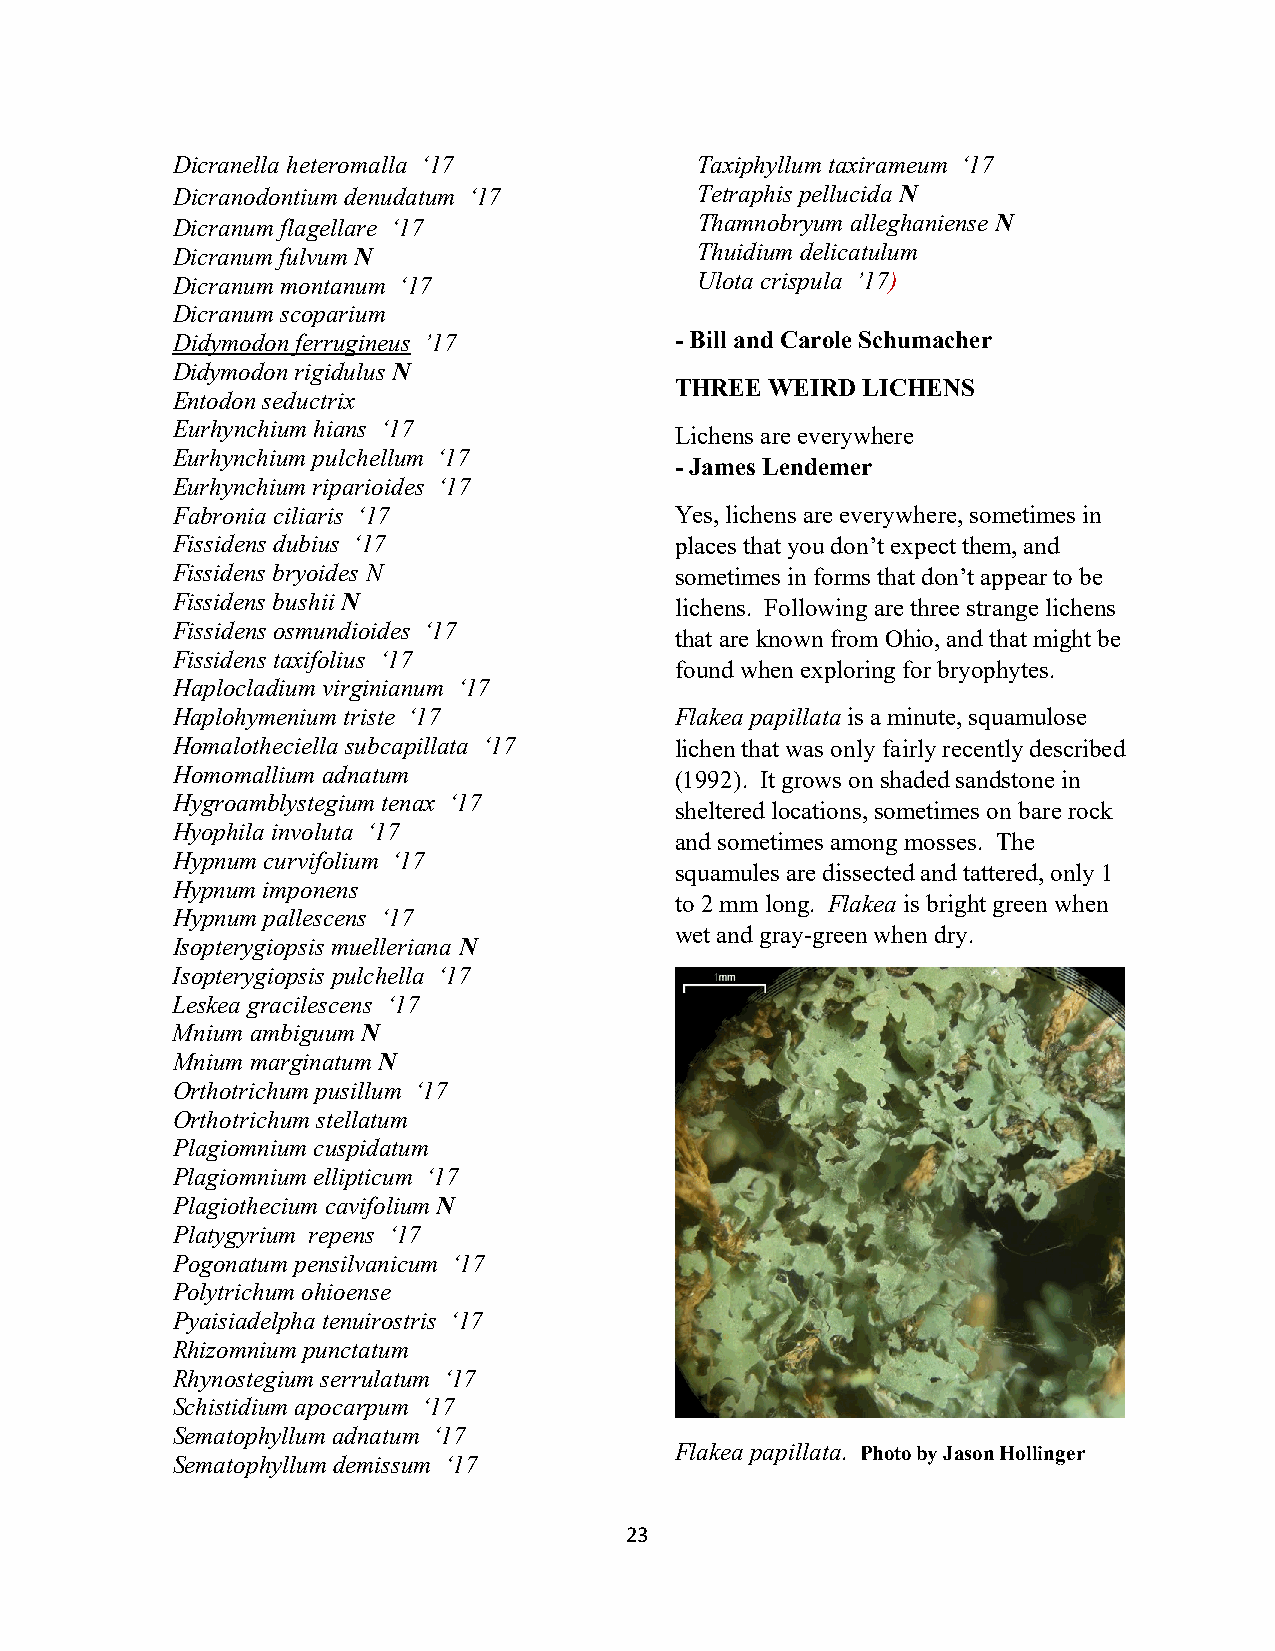
Dicranella heteromalla ‘17         Taxiphyllum taxirameum ‘17
 Dicranodontium denudatum ‘17       Tetraphis pellucida N
 Dicranum flagellare ‘17            Thamnobryum alleghaniense N
 Dicranum fulvum N                  Thuidium delicatulum
 Dicranum montanum ‘17              Ulota crispula ’17)
 Dicranum scoparium
 Didymodon ferrugineus ’17         - Bill and Carole Schumacher
 Didymodon rigidulus N
 THREE WEIRD LICHENS
 Entodon seductrix
 Eurhynchium hians ‘17
 Lichens are everywhere
 Eurhynchium pulchellum ‘17
 - James Lendemer
 Eurhynchium riparioides ‘17
 Fabronia ciliaris ‘17             Yes, lichens are everywhere, sometimes in
 Fissidens dubius ‘17              places that you don’t expect them, and
 Fissidens bryoides N              sometimes in forms that don’t appear to be
 Fissidens bushii N                lichens. Following are three strange lichens
 Fissidens osmundioides ‘17
 that are known from Ohio, and that might be
 Fissidens taxifolius ‘17
 found when exploring for bryophytes.
 Haplocladium virginianum ‘17
 Haplohymenium triste ‘17          Flakea papillata is a minute, squamulose
 Homalotheciella subcapillata ‘17  lichen that was only fairly recently described
 Homomallium adnatum               (1992). It grows on shaded sandstone in
 Hygroamblystegium tenax ‘17
 sheltered locations, sometimes on bare rock
 Hyophila involuta ‘17
 and sometimes among mosses. The
 Hypnum curvifolium ‘17
 squamules are dissected and tattered, only 1
 Hypnum imponens
 to 2 mm long. Flakea is bright green when
 Hypnum pallescens ‘17
 wet and gray-green when dry.
 Isopterygiopsis muelleriana N
 Isopterygiopsis pulchella ‘17
 Leskea gracilescens ‘17
 Mnium ambiguum N
 Mnium marginatum N
 Orthotrichum pusillum ‘17
 Orthotrichum stellatum
 Plagiomnium cuspidatum
 Plagiomnium ellipticum ‘17
 Plagiothecium cavifolium N
 Platygyrium repens ‘17
 Pogonatum pensilvanicum ‘17
 Polytrichum ohioense
 Pyaisiadelpha tenuirostris ‘17
 Rhizomnium punctatum
 Rhynostegium serrulatum ‘17
 Schistidium apocarpum ‘17
 Sematophyllum adnatum ‘17
 Flakea papillata. Photo by Jason Hollinger
 Sematophyllum demissum ‘17
 23